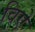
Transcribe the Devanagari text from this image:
विऐ